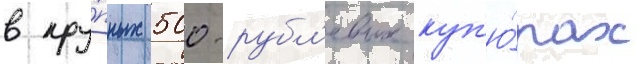
в кру́пных 500-рубл'евых куп'ю́рах